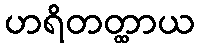
ဟရိတတ္ထာယ